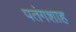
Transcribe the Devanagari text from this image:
पतंगशाह